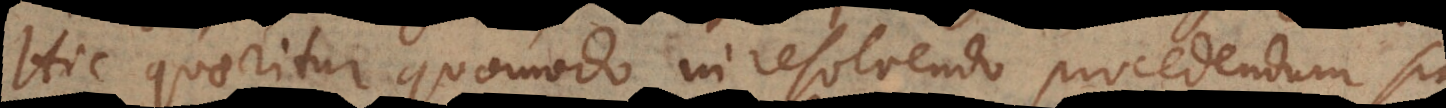
Hic quaeritur quomodo in resolvendo procedendum sit,